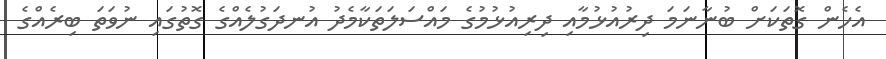
އެހެން ގޮތަކަށް ބުނާނަމަ ދިރުއުޅުމާއި ދިރިއުޅުމުގެ މައްސަލަތަކާމެދު އުނދަގުލެއްގެ ގޮތުގައި ނުވަތަ ބިރެއްގެ